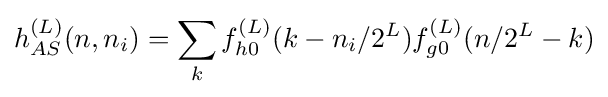
h_{AS}^{(L)}(n,n_{i})=\sum _{k}f_{h0}^{(L)}(k-n_{i}/2^{L})f_{g0}^{(L)}(n/2^{L}-k)